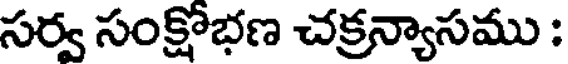
సర్వ సంక్షోభణ చక్రన్యాసము :